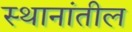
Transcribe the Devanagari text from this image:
स्थानांतील